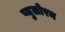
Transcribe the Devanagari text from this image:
प्युलोरम